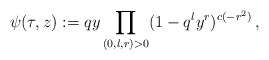
\begin{align*}\psi(\tau,z):=qy \prod\limits_{(0,l,r)>0} (1 - q^ly^r)^{c(-r^2)}\,,\end{align*}